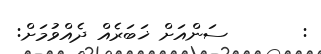
:       ސަންއަށް ޚަބަރެއް ދެއްވުމަށް: